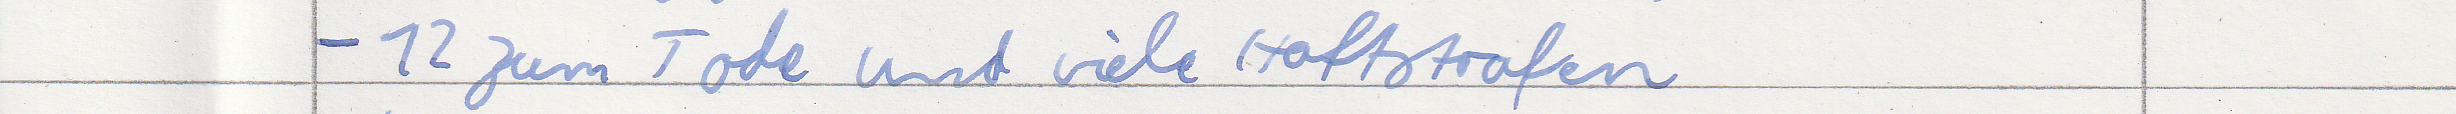
- 12 zum Tode und viele Haftstrafen